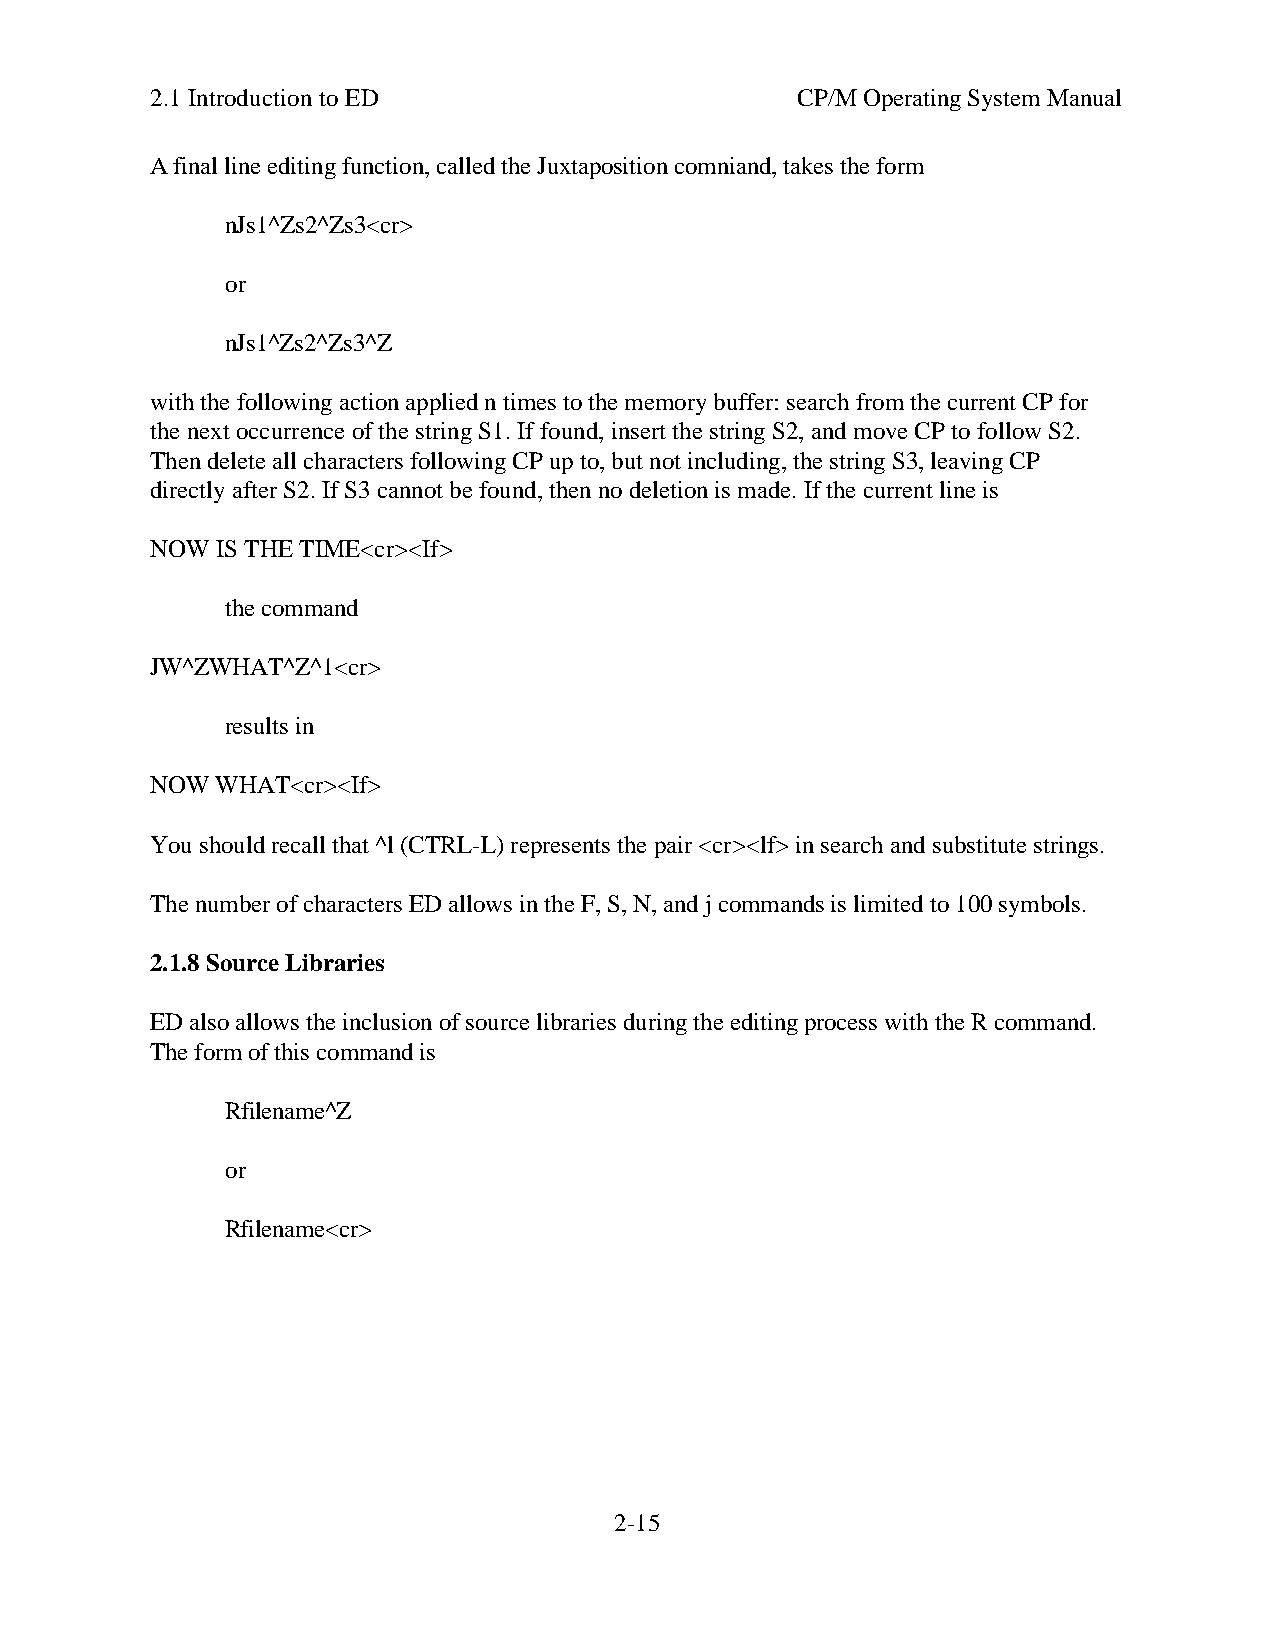
2.1 Introduction to ED                     CP/M Operating System Manual
 A final line editing function, called the Juxtaposition comniand, takes the form
 nJs1^Zs2^Zs3<cr>
 or
 nJs1^Zs2^Zs3^Z
 with the following action applied n times to the memory buffer: search from the current CP for
 the next occurrence of the string S1. If found, insert the string S2, and move CP to follow S2.
 Then delete all characters following CP up to, but not including, the string S3, leaving CP
 directly after S2. If S3 cannot be found, then no deletion is made. If the current line is
 NOW IS THE TIME<cr><If>
 the command
 JW^ZWHAT^Z^1<cr>
 results in
 NOW WHAT<cr><If>
 You should recall that ^l (CTRL-L) represents the pair <cr><lf> in search and substitute strings.
 The number of characters ED allows in the F, S, N, and j commands is limited to 100 symbols.
 2.1.8 Source Libraries
 ED also allows the inclusion of source libraries during the editing process with the R command.
 The form of this command is
 Rfilename^Z
 or
 Rfilename<cr>
 2-15